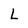
Character: L